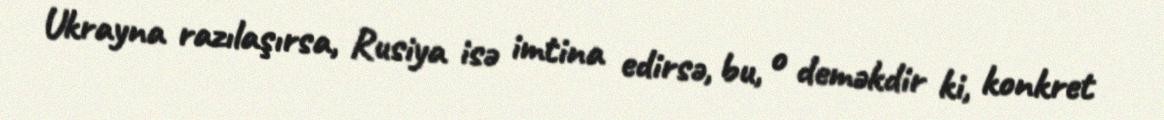
Ukrayna razılaşırsa, Rusiya isə imtina edirsə, bu, o deməkdir ki, konkret